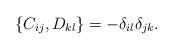
LaTeX: \begin{align*} \{ C_{ij}, D_{kl}\} = -\delta_{il} \delta_{jk}.\end{align*}